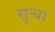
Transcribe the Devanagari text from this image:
सूऱ्या